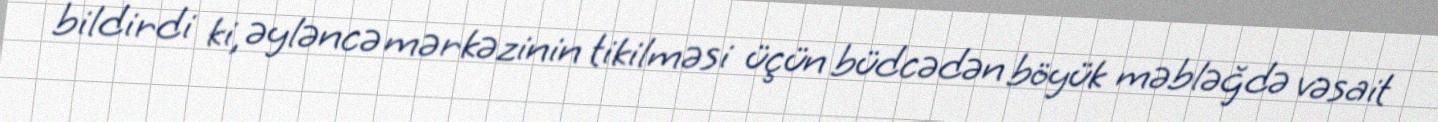
bildirdi ki, əyləncə mərkəzinin tikilməsi üçün büdcədən böyük məbləğdə vəsait